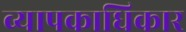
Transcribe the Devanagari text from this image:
व्यापकाधिकार